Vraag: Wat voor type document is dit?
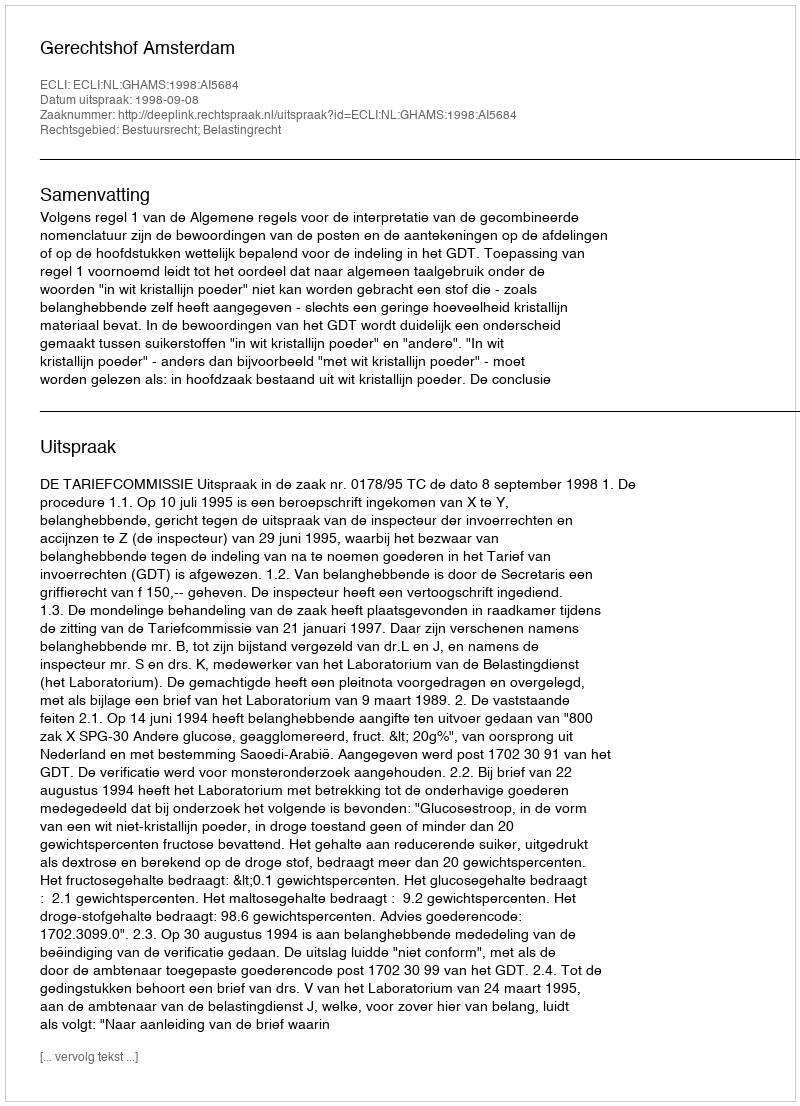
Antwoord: Uitspraak